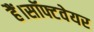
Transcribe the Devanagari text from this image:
हैं।सॉफ्टवेयर